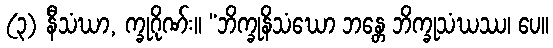
(၃) နီသံဃာ, က္ခုဂိုဏ်း။ “ဘိက္ခုနိသံဃော ဘန္တေ ဘိက္ခုသံဃဿ၊ ပေ။